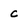
Character: C